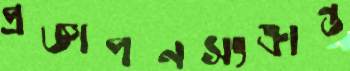
প্রজ্ঞাপনসংক্রান্ত